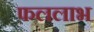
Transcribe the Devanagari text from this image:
फललाभ